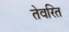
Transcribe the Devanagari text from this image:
तेवरित